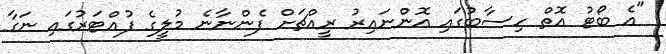
"އެ ބޯޓު އޮތް ހިސާބުގައި އޮންނައިރު ރީއްޗަށް ފެންނާނެ މުލީގެ ފުއްޓަރުގައި ނަގާ